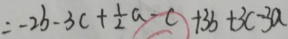
= - 2 b - 3 c + \frac { 1 } { 2 } a - c + 3 b + 3 c - 3 a